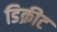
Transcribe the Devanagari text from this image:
डिक्रीट